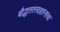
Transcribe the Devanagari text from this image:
बौद्धतत्त्वज्ञानाचा